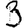
Digit: 3